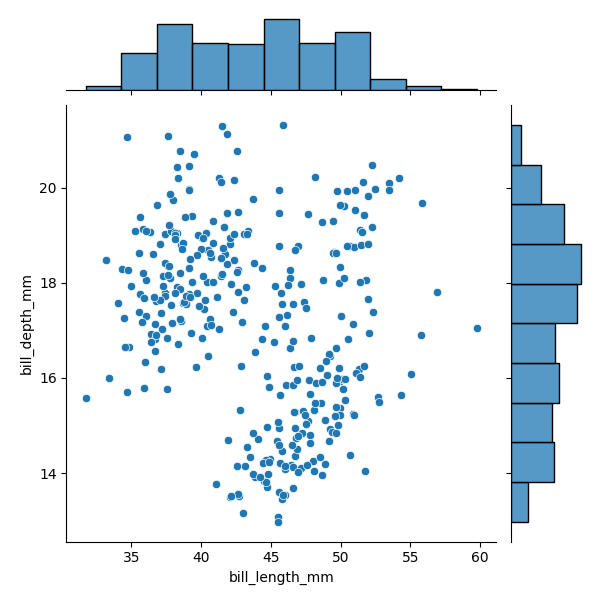
python, seaborn, JointGrid, scatterplot, histplot